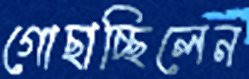
গোছাচ্ছিলেন